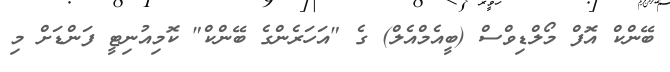
ބޭންކް އޮފް މޯލްޑިވްސް (ބީއެމްއެލް) ގެ "އަަހަރެންގެ ބޭންކް" ކޮމިއުނިޓީ ފަންޑަށް މި